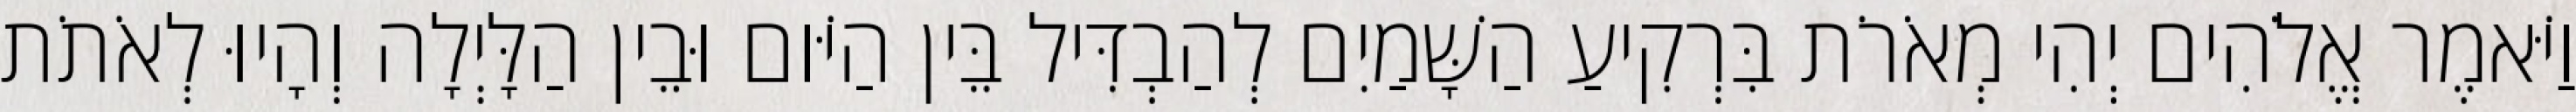
וַיֹּאמֶר אֱלֹהִים יְהִי מְאֹרֹת בִּרְקִיעַ הַשָּׁמַיִם לְהַבְדִּיל בֵּין הַיֹּום וּבֵין הַלָּיְלָה וְהָיוּ לְאֹתֹת